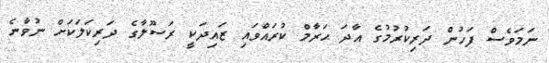
ނަމަވެސް ފަހުން ދަރިކުރުމުގެ އާދަ ޙަރާމް ކުރައްވައި ޒައިދަކީ ރަސޫލާގެ ދަރިކަލަކަށް ނުވާނެ